King Institute of Preventive Medicine Micro-Biological Section reports 1912-19
Year: 1912
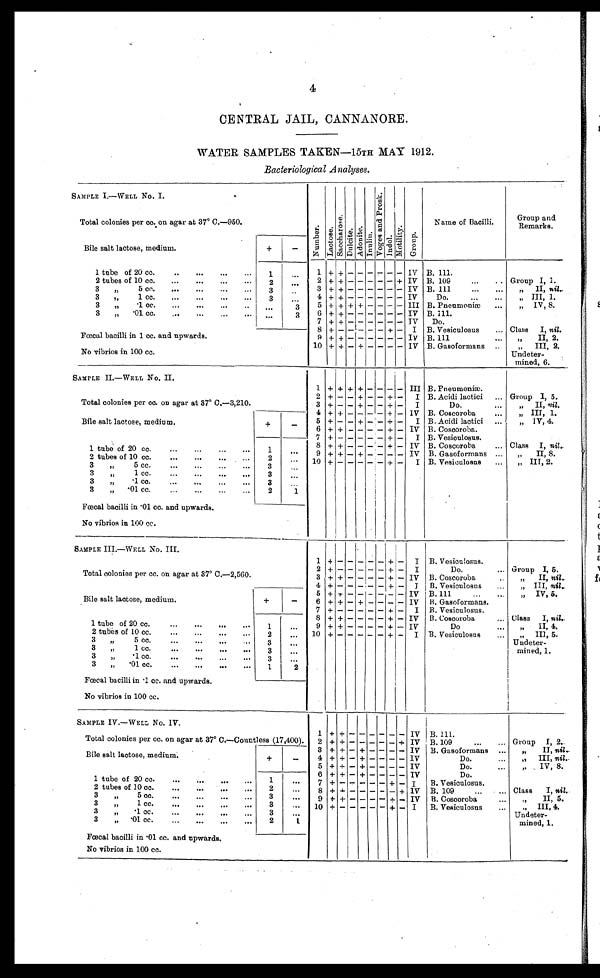
4
CENTRAL JAIL, CANNANORE.
WATER SAMPLES TAKEN—15TH MAY 1912.
Bacteriological Analyses.
SAMPLE I.—WELL No. I.
N u m b e r .
L a c t o s e .
Sa c c ha r os e .
Dul ci t e. Adoni t e. I nul i n.
V o g e s a n d P r o s k .
I n d o l .
M o t i l i t y .
G r o u p .
Name of Bacilli.
G r o u p a n d
Rem
Grouparks.
Total colonies per cc. on agar at 37° C.—950.
Bile salt lactose, medium.
+
-
1 tube of 20 cc. . . .
1
. . .
1 +
+ - - -
- - -
IV B. 111.
2 + + - - -
- - + IV B. 109 . . .
Group I, 1.
2 tubes of 10 cc. . . .
2
. . .
3
" 5 c c . . . .
3
3 + + - - -
- - - IV B. 111 . . .
.," II, nil..
. . .
„" III, 1.
4
IV
+ + - - -
- - -
Do. . . .
3 " " 1 c c . . . .
3
. . .
5 + + + + -
- - - III B . Pneumoniæ . . .
" IV, 8.
3 " .1 cc. . . .
. . .
3
IV B. 111.
6 + + - - -
- - -
3 " .01 cc. . . .
. . .
3
7
+ + - - -
- - - IV
Do.
Class
I, nil.
B. Vesiculosus . . .
8
I
+
+ - - -
- +
-
Fœcal bacilli in 1 cc. and upwards.
9 + + - - -
- - - Iv
„" II, 2.
B. 111. . . .
10 + + - + -
- - - IV B. Gasoformans . . .
"
III, 2.
No vibrios in 100 cc.
Undeter -
mined, 6.
SAMPLE II.—WELL No. II.
1 + + + + -
- - - III B. Pneumoniæ.
Total colonies per co. on agar at 37° C.—3,210.
2 + - - + -
- +
- I B. Acidi lactici . . .
Group I, 5.
3 + - - + -
- +
- I
Do. . . .
„" II, nil.
„ III, 1.
4
IV B. Coscoroba . . .
+ + - - -
- + -
Bile salt lactose, medium.
+
-
5 + - - + -
- +
- I B. Acidi lactici . . .
" IV, 4.
IV
6 + + - - -
- +
-
B. Coscoroba. . . .
Class I, nil.
7
+ - - - -
- +
-
I B. Vesiculosus.
1 tube of 20 cc. . . .
1
. . .
8 + + - - -
- +
- IV B. Coscoroba . . .
9 + + - + -
- - - IV B. Gasoformans . . .
„" II, 8.
2 tubes of 10 cc. . . .
2
. . .
10
B. Vesiculosus . . .
" III, 2.
+ - - - -
- +
- I
3
"
5 cc. . . .
3
. . .
3
"
1 cc. . . .
3
. . .
3
„
.1 cc. . . .
3
. . .
3
„
.01 cc. . . .
2
1
Fœcal bacilli in .01 cc. and upwards.
No vibrios in 100 cc.
SAMPLE III.—WELL No. III.
1
+
-
- - - - -
+
I B. Vesiculosus.
Total colonies per cc. on agar at 37° C.—2,560.
2
+ -
- - - - +
- I
Do. . . . Group I, 5.
3 + +
- - - - +
- IV 13. Coscoroba . . .
„" II, nil. .
Bile salt lactose, medium.
+
-
4
+ -
- - - - +
- I
B. Vesiculosus . . .
„ III, nil.
5 + +
- - - - - - IV B. 111 . . .
„ IV, 5.
6 + +
- +
- - -
- IV
. Gasoformans.
1 tube of 20 cc. . . .
1
. . .
7
+ -
- - - - +
- I B. Vesiculosus.
8 + +
- - - - +
- IV
. Coscoroba . . . Olass
I, nil.. .
9 + +
- - - - +
- IV
" I I , 4 .
D o . . . .
2 tubes of 10 cc. . . .
2
. . .
1 0 + -
- - - - +
- I B. Vesiculosus . . .
" II], 5.
3
"
5 cc. . . .
3
. . .
Undeter-
3
" 1 cc. . . .
3
. . .
mined, 1.
3
„
.1 cc. . . .
3
. . .
3
„
.01 cc. . . .
1
2
Fœcal bacilli in .1 cc. and upwards.
No vibrios in 100 cc.
SAMPLE IV.—WELL No. IV.
1 + +
- - - -
- -
IV B. 111.
Total colonies per cc. on agar at 37° C.—Countless (17,400).
Group I, 2..
2 + + - - - - - + IV B. 109
...
...
Bile salt lactose, medium.
+
-
3 + + - + - - - - IV B. Gasoformans ...
" II, nil.
4 + + - + - - - - IV
Do.
...
", III, nil..
5 + + - + - - - - IV
Do.
...
" IV, 8.
1 tube of 20 cc.
. . .
1
. . .
6 + + - + - - - - IV
Do.
7 +
+ - I
B. Vesiculosus.
2 tubes of 20 cc. . . .
. . .
8 + + - - - - - + IV B. 109
...
... Class
I nil.
,
3 " 5 cc. . . .
3
. . .
9 + + - - - - + - IV B. Coscoroba
" I I , 5 .
3 " 1cc. . . .
. . .
10 +
+
I
B. Vesiculosus
...
" III, 4.
3 " . 1 cc. . . .
3
. . .
Undeter-
mined, 1.
3 " . 0 1 c c . . . .
2
1
Fœcal bacilli in .01 cc. and upwards.
No vibrios in 100 cc.